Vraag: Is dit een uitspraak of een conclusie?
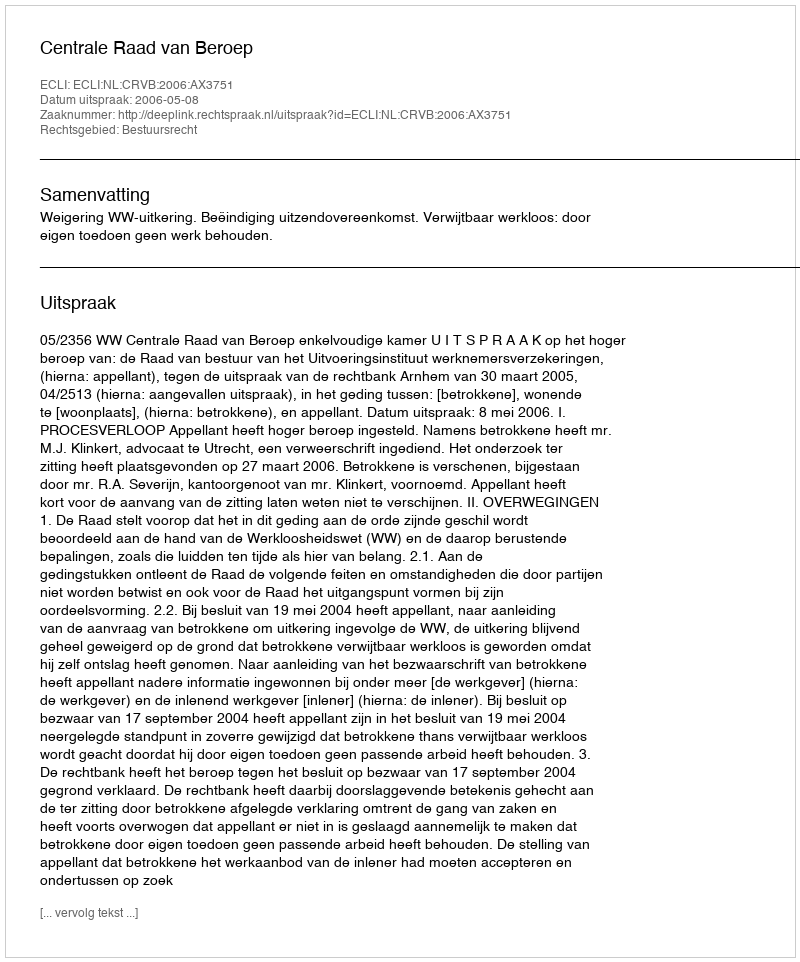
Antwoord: Uitspraak